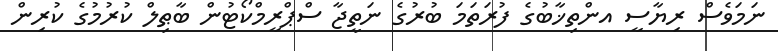
ނަމަވެސް ރިޔާސީ އންތިޚާބުގެ ފުރަތަމަ ބުރުގެ ނަތީޖާ ސްޕްރީމްކޯޓުން ބާޠިލް ކުރުމުގެ ކުރިން